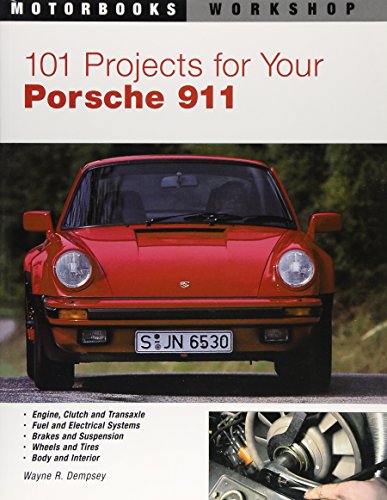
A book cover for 101 Projects for Your Porsche 911, 1964-1989 (Motorbooks Workshop); Wayne R. Dempsey; Engineering & Transportation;